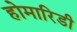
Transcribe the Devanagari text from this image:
होमारिडी